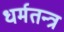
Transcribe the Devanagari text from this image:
धर्मतन्त्र